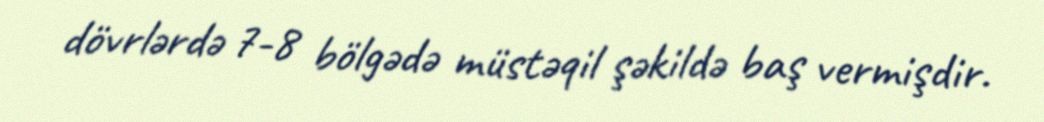
dövrlərdə 7-8 bölgədə müstəqil şəkildə baş vermişdir.